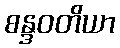
စန္ဒဝတိယာ